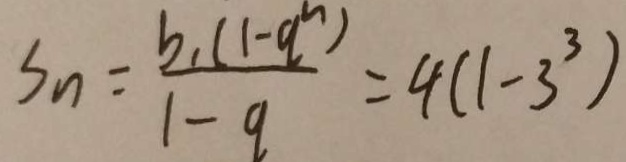
S _ { n } = \frac { b _ { 1 } ( 1 - q ^ { n } ) } { 1 - q } = 4 ( 1 - 3 ^ { 3 } )